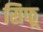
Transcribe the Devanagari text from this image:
सिफ्र्